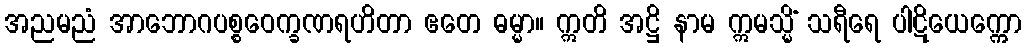
အညမညံ အာဘောဂပစ္စဝေက္ခဏရဟိတာ ဧတေ ဓမ္မာ။ ဣတိ အဋ္ဌိ နာမ ဣမသ္မိံ သရီရေ ပါဋိယေက္ကော